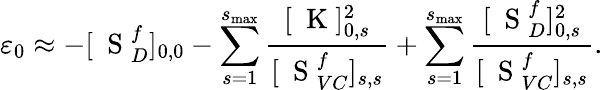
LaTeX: \varepsilon_{0}\approx-[\mathrm{~\mathbf~S~}_{D}^{f}]_{0,0}-\sum_{s=1}^{s_{\mathrm{max}}}\frac{[\mathrm{~\mathbf~K~}]_{0,s}^{2}}{[\mathrm{~\mathbf~S~}_{VC}^{f}]_{s,s}}+\sum_{s=1}^{s_{\mathrm{max}}}\frac{[\mathrm{~\mathbf~S~}_{D}^{f}]_{0,s}^{2}}{[\mathrm{~\mathbf~S~}_{VC}^{f}]_{s,s}}.